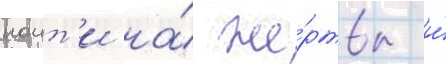
поит'и на́ же́ртвы и́